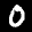
Label: 0